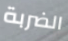
الضربة